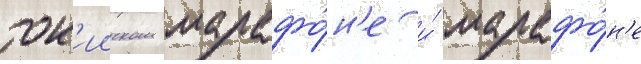
ток'ииском марафо́н'е и́ марафо́н'е